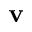
{ \bf v }